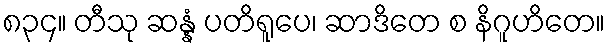
၈၃၄။ တီသု ဆန္နံ ပတိရူပေ၊ ဆာဒိတေ စ နိဂူဟိတေ။